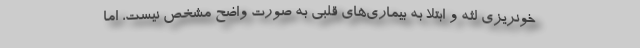
خونریزی لثه و ابتلا به بیماری‌های قلبی به صورت واضح مشخص نیست، اما